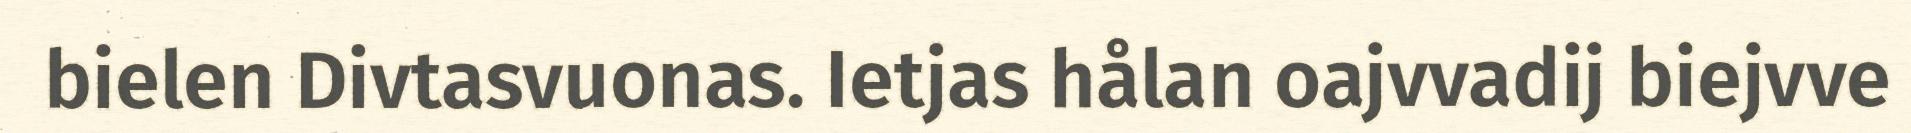
bielen Divtasvuonas. Ietjas hålan oajvvadij biejvve